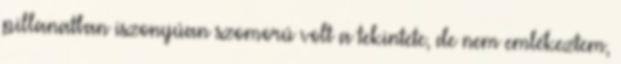
pillanatban iszonyúan szomorú volt a tekintete, de nem emlékeztem,